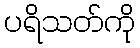
ပရိသတ်ကို